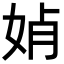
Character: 𡜕